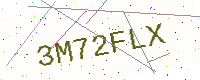
Text: 3M72FLX